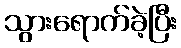
သွားရောက်ခဲ့ပြီး